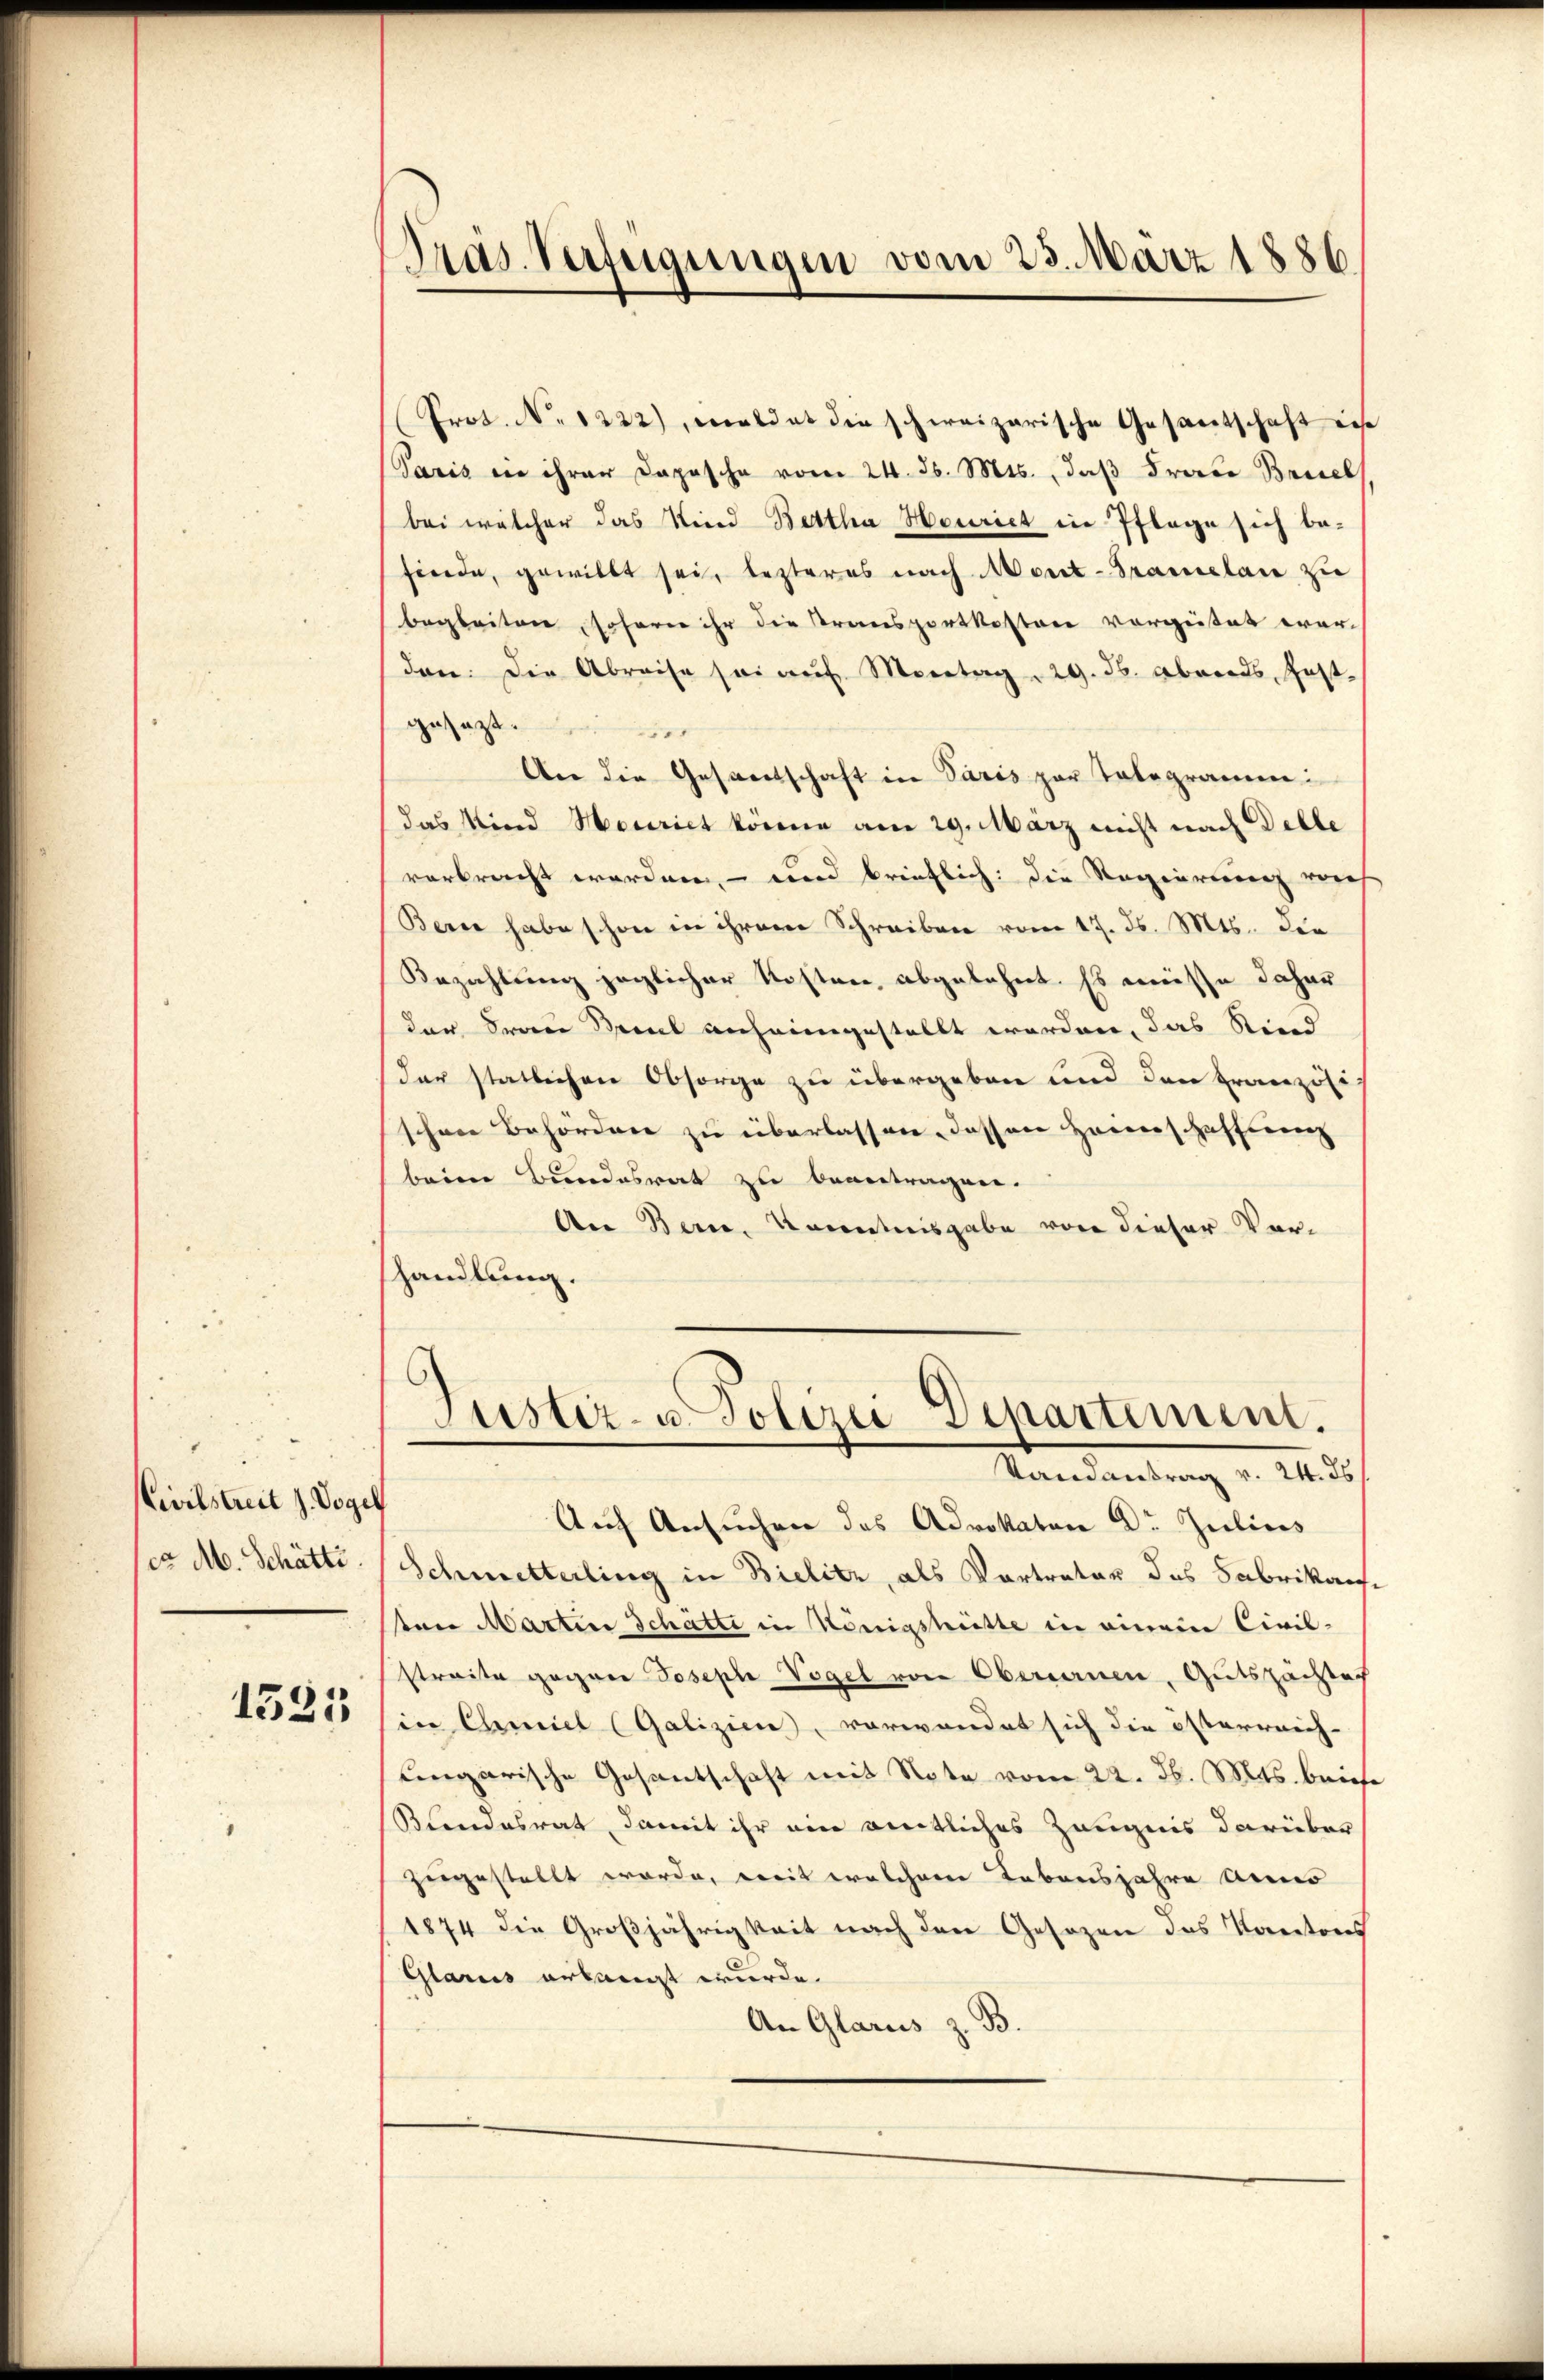
Civilstreit J. Vogel
co M. Schätti

1525

Prot. No. 1222), meldet die schweizerische Gesantschaft in
Paris in ihrer Daposche vom 24. d. Mts., daß Frate Brisel
bei welcher das Kind Bettha Houriet in Pflege sich befrede, gewillt sei, lezteres nach Mont-Pramelan zu
begleiten, soferne ihr die Transportkosten vorgeistet wer-
den. Die Abreise sei auf Montag 29. ds. Abends, Jost-
gesagt
An die Gesandschaft in Paris zur Telegramen:
das Kind Maurict könne am 29. März nicht nach Delle
vorbracht worden, – wird brieflich: die Regierung reich
Berne habe schon in ihrem Schreiben vom 17. ds. Mts. Die
Bezahlung jeglicher Kosten, abgelehnt. Es müsse daher
der drei Paul anheimgestellt worden, das Stind
der statlichen Obsorge zu übergeben und den Französi
schöne Behördere zu überlassen, dassen Heimschaffung
beim Bundesrat zu beantragen.
An Bern, Kenntnisgabe von dieser Vorhandlung.

Präs. Verfügungen vom 23. März 1886

Justiz- u. Polizei-Departemen.
Randantrag v. 24. ds

Auf Ansuchen des Advokaten Dr. Julius
Schmetterling in Bielitz, als Vortratur das Fabrikarsi
ton Martin Schatti in Königsheitte in einem Civil-
streite gegene Joseph Vogel von Obereinen, Gutspächtech
sin Chmiel (Galizien, vorwandet sich die österreich-
ungarische Gesantschaft mit Note vom 22. d. Mts. beiche
Bundesrat, damit ihr ein weitliches Zeugnis darüber
zugestellt werde, weit welchem Lebensjahre Anno
1874 die Großjährigkeit nach den Gesezen das Kantons
Glarus erlangt wurde.
An Glarus z. B.